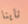
ناينا